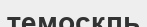
темоскль